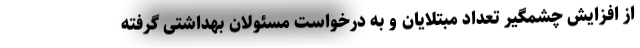
از افزایش چشمگیر تعداد مبتلایان و به درخواست مسئولان بهداشتی گرفته